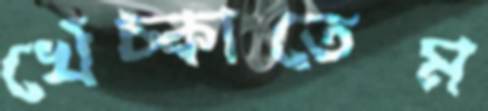
খেঁচ্‌কাতেম